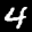
Label: 4